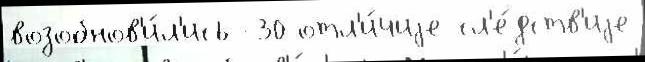
возобнов'и́л'ись -30 отл'и́чиjе сл'е́дств'иjе